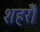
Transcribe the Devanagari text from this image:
शहरोँ